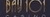
BAyIOI